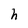
Character: h